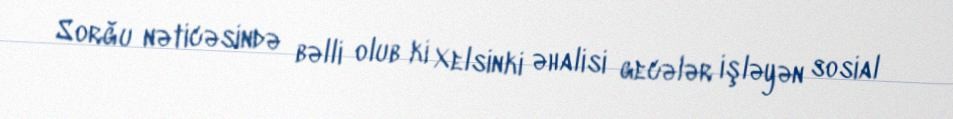
Sorğu nəticəsində bəlli olub ki Xelsinki əhalisi gecələr işləyən sosial